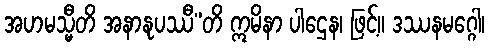
အဟမသ္မီတိ အနာနုပဿီ”တိ ဣမိနာ ပါဌေန၊ ဖြင့်။ ဒဿနမဂ္ဂေါ၊